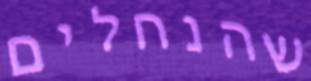
שהנחלים